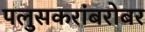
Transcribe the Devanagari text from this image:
पलुसकरांबरोबर